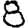
Digit: 8